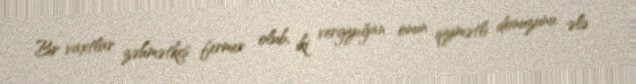
Bir vaxtlar zəhmətkeş fermer olub, iki vergiyığan onun qiymətli donuzunu ələ